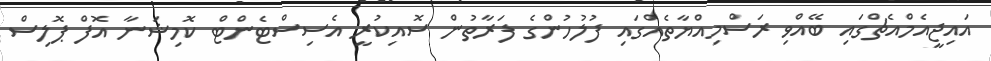
އައިޖީއެމްއެޗްގައި ބޭއްވި ރަސްމިއްޔާތެއްގައި ފުލުހުންގެ ފަރާތުން ސޮއިކުރީ އެސިސްޓެންޓް ކޮމިޝަނާ އޮފް ޕޮލިސް